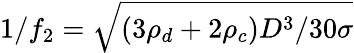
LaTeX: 1/f_{2}=\sqrt{(3\rho_{d}+2\rho_{c})D^{3}/30\sigma}